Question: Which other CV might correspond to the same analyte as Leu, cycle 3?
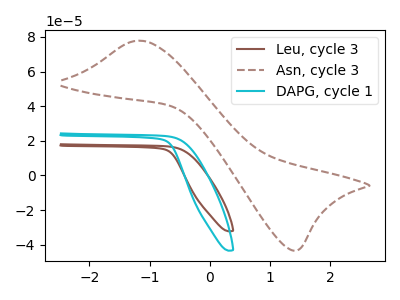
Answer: <think>The brown curve "Leu, cycle 3" has no peaks. The brown dashed curve "Asn, cycle 3" has an anodic peak at (-1.15V, 77.80uA) and a cathodic peak at (1.40V, -43.35uA). The cyan curve "DAPG, cycle 1" has no peaks.
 "Leu, cycle 3" and "Asn, cycle 3" have a different number of peaks. Neither "Leu, cycle 3" or "DAPG, cycle 1" have any peaks. "Asn, cycle 3" and "DAPG, cycle 1" have a different number of peaks.</think>
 <answer>The CV with the most similar shape to "DAPG, cycle 1" is "Leu, cycle 3".</answer>
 <eval>"Leu, cycle 3"</eval>